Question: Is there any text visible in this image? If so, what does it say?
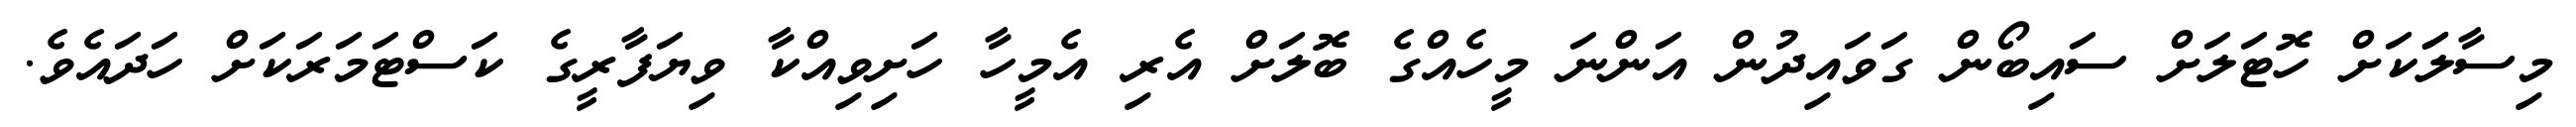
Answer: މިސާލަަކަށް ހޮޓަލަށް ސައިބޯން ގަވައިދުން އަންނަ މީހެއްގެ ބޮލަށް އެރި އެމީހާ ހަށިވިއްކާ ވިޔަފާރީގެ ކަސްޓަމަރަކަށް ހަދައެވެ.